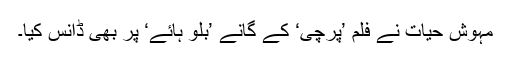
مہوش حیات نے فلم ’پرچی‘ کے گانے ’بلو ہائے‘ پر بھی ڈانس کیا۔